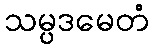
သမ္ပဒမေတံ